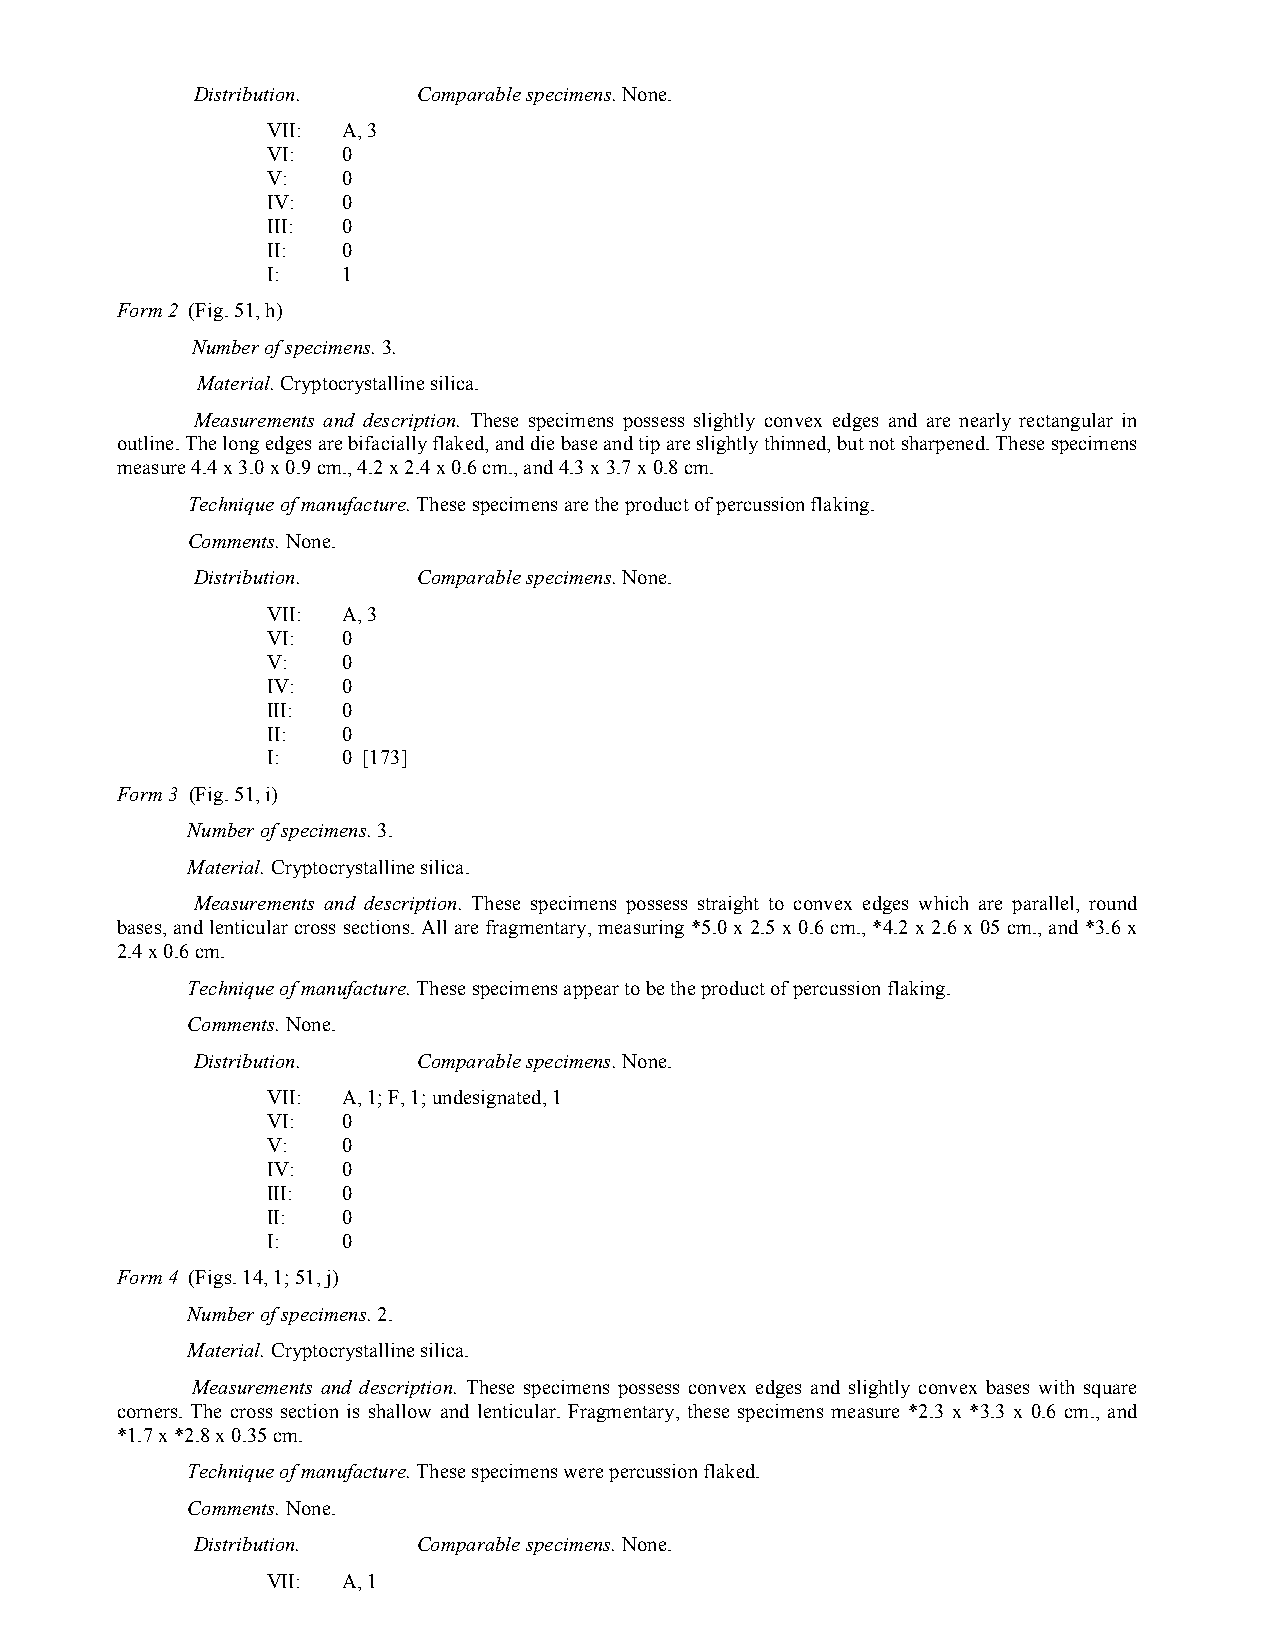
Distribution.  Comparable specimens. None.
 VII: A, 3
 VI:  0
 V:   0
 IV:  0
 III: 0
 II:  0
 I:   1
 Form 2 (Fig. 51, h)
 Number of specimens. 3.
 Material. Cryptocrystalline silica.
 Measurements and description. These specimens possess slightly convex edges and are nearly rectangular in
 outline. The long edges are bifacially flaked, and die base and tip are slightly thinned, but not sharpened. These specimens
 measure 4.4 x 3.0 x 0.9 cm., 4.2 x 2.4 x 0.6 cm., and 4.3 x 3.7 x 0.8 cm.
 Technique of manufacture. These specimens are the product of percussion flaking.
 Comments. None.
 Distribution.  Comparable specimens. None.
 VII: A, 3
 VI:  0
 V:   0
 IV:  0
 III: 0
 II:  0
 I:   0 [173]
 Form 3 (Fig. 51, i)
 Number of specimens. 3.
 Material. Cryptocrystalline silica.
 Measurements and description. These specimens possess straight to convex edges which are parallel, round
 bases, and lenticular cross sections. All are fragmentary, measuring *5.0 x 2.5 x 0.6 cm., *4.2 x 2.6 x 05 cm., and *3.6 x
 2.4 x 0.6 cm.
 Technique of manufacture. These specimens appear to be the product of percussion flaking.
 Comments. None.
 Distribution.  Comparable specimens. None.
 VII: A, 1; F, 1; undesignated, 1
 VI:  0
 V:   0
 IV:  0
 III: 0
 II:  0
 I:   0
 Form 4 (Figs. 14, 1; 51, j)
 Number of specimens. 2.
 Material. Cryptocrystalline silica.
 Measurements and description. These specimens possess convex edges and slightly convex bases with square
 corners. The cross section is shallow and lenticular. Fragmentary, these specimens measure *2.3 x *3.3 x 0.6 cm., and
 *1.7 x *2.8 x 0.35 cm.
 Technique of manufacture. These specimens were percussion flaked.
 Comments. None.
 Distribution.  Comparable specimens. None.
 VII: A, 1